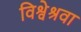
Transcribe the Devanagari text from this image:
विश्वेश्रवा